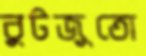
বুটজুতো